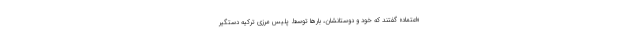
«اعتماد» گفتند كه خود و دوستانشان، بارها توسط پليس مرزي تركيه دستگير